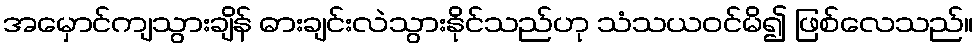
အမှောင်ကျသွားချိန် ဓားချင်းလဲသွားနိုင်သည်ဟု သံသယဝင်မိ၍ ဖြစ်လေသည်။